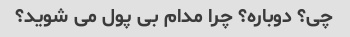
چی؟ دوباره؟ چرا مدام بی پول می شوید؟